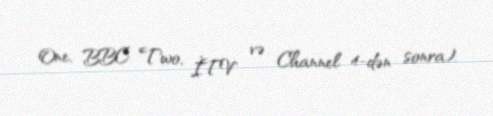
One, BBC Two, İTV və Channel 4-dən sonra).